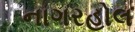
નાગરહોલ